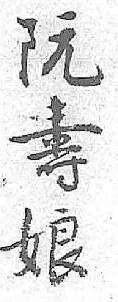
阮壽娘